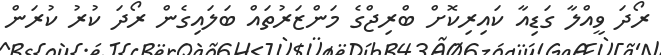
ރޯދަ ވީއްލާ ގަޑިއާ ކައިރިކޮށް ބްރިޖްގެ މަންޒަރުތައް ބަލައިގެން ރޯދަ ކުރު ކުރަން